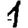
Digit: 1